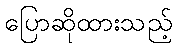
ပြောဆိုထားသည့်